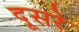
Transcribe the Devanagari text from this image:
दूसरेे